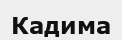
Кадима